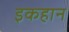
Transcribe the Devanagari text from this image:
इकहान